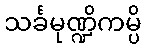
သင်္ခမုဏ္ဍိကမ္ပိ